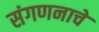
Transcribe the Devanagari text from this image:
संगणनाचे